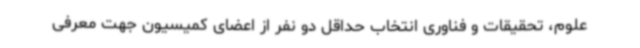
علوم، تحقیقات و فناوری انتخاب حداقل دو نفر از اعضای کمیسیون جهت معرفی